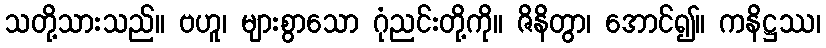
သတို့သားသည်။ ဗဟူ၊ များစွာသော ဂုံညင်းတို့ကို။ ဇိနိတွာ၊ အောင်၍။ ကနိဋ္ဌဿ၊